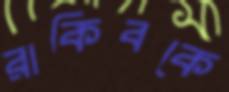
রাকিবকে